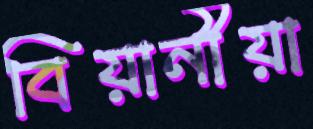
বিয়ানীয়া